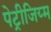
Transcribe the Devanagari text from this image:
पेट्रीजिय्म